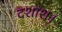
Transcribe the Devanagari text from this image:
दशांश।